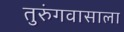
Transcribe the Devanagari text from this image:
तुरुंगवासाला